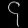
Digit: ၄